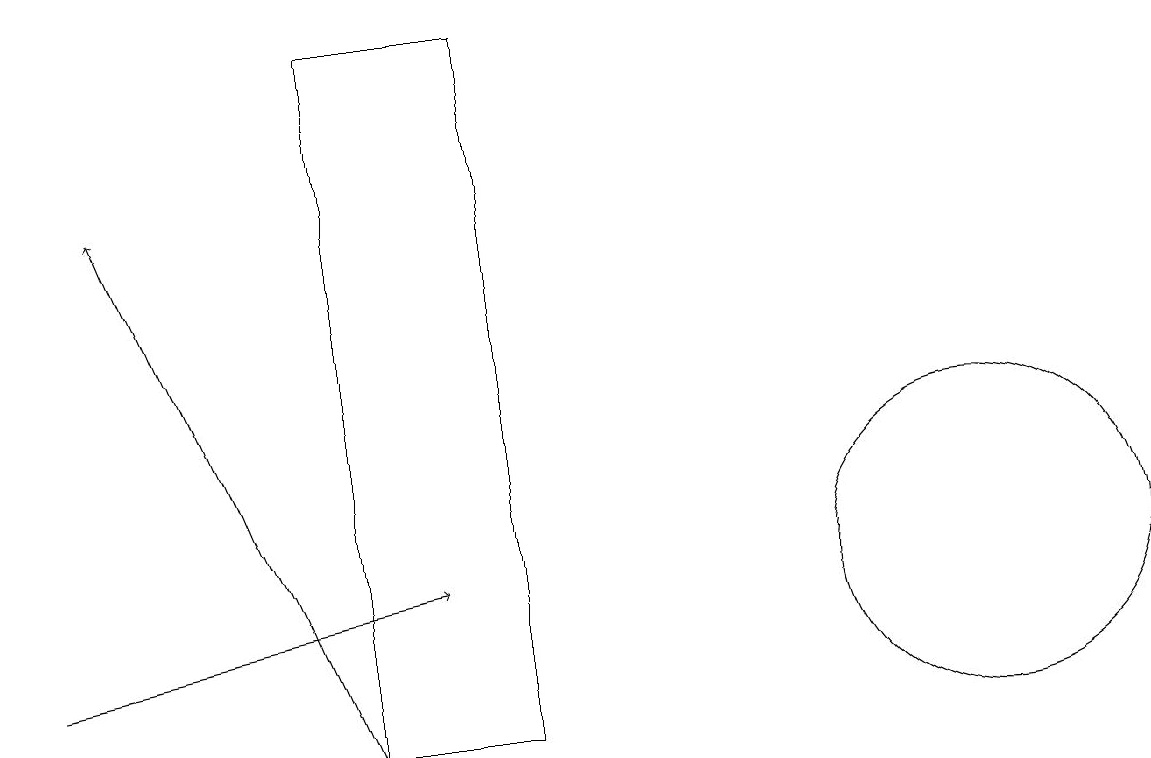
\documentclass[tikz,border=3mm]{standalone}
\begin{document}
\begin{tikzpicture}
\draw (6,10) rectangle (4,19);
\draw (12,12) circle (2);
\draw[->] (4,10) -- (1,17);
\draw[->] (0,11) -- (5,12);
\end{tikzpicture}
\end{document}